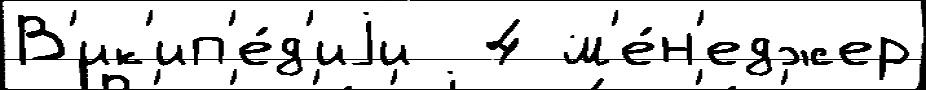
В'ик'ип'е́д'иjи  4 м'е́н'еджер